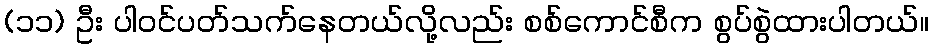
(၁၁) ဦး ပါဝင်ပတ်သက်နေတယ်လို့လည်း စစ်ကောင်စီက စွပ်စွဲထားပါတယ်။